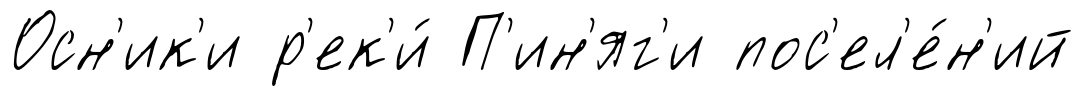
Осн'ик'и р'ек'и́ П'ин'яг'и пос'ел'е́н'ий